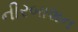
નીરબાશન